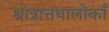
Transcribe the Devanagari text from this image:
श्रोत्रात्तथालोकाँ